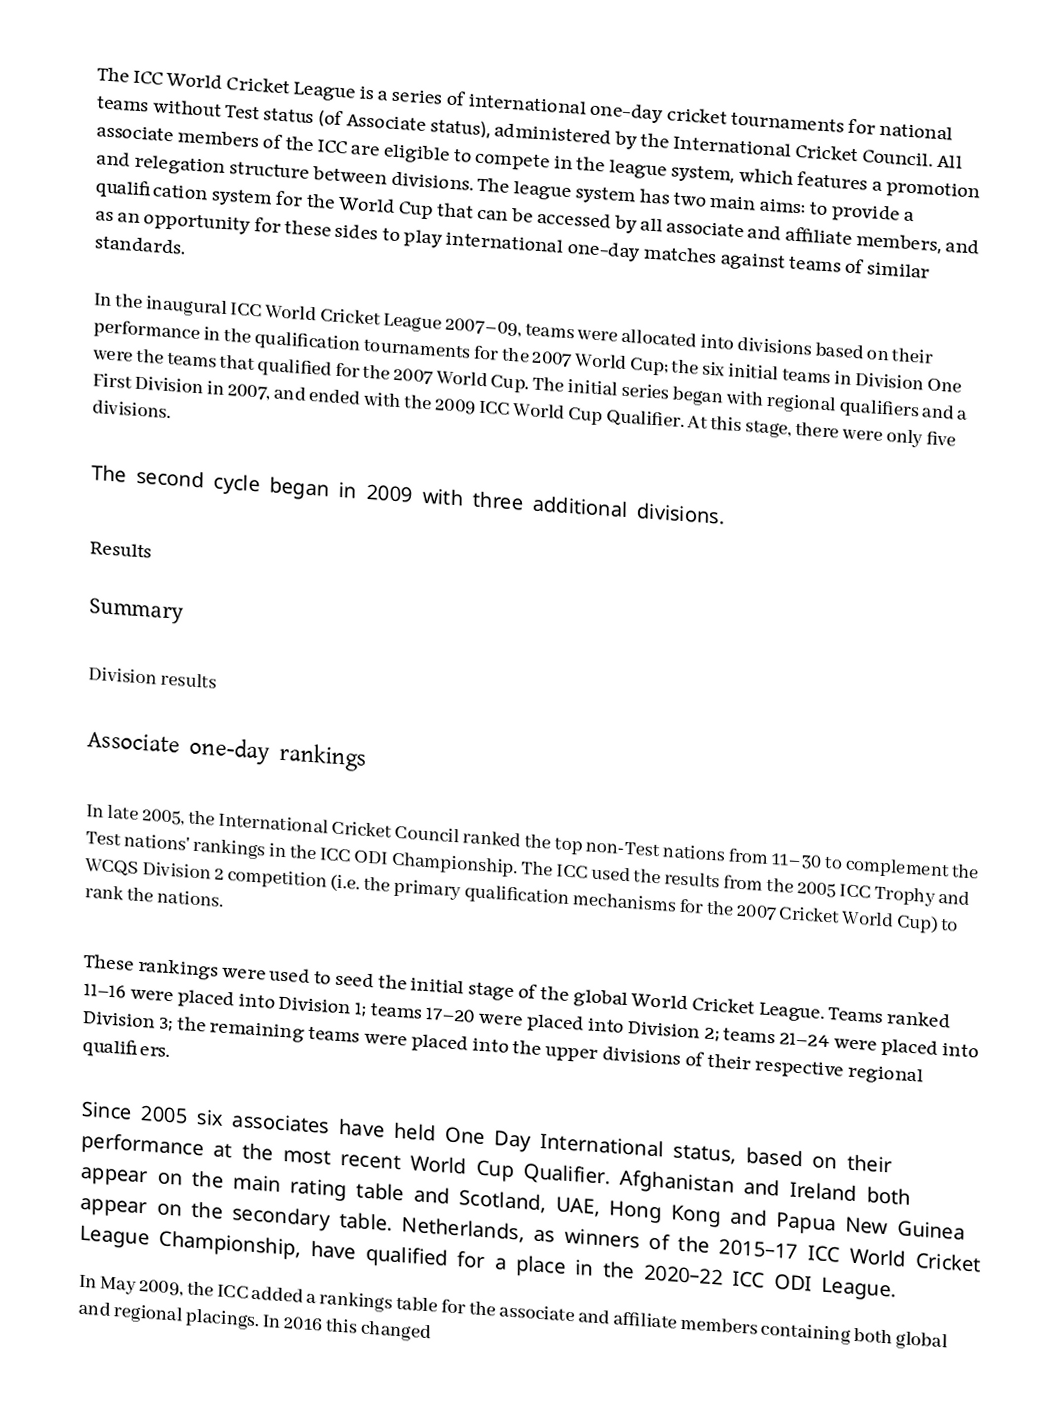
The ICC World Cricket League is a series of international one-day cricket tournaments for national teams without Test status (of Associate status), administered by the International Cricket Council. All associate members of the ICC are eligible to compete in the league system, which features a promotion and relegation structure between divisions. The league system has two main aims: to provide a qualification system for the World Cup that can be accessed by all associate and affiliate members, and as an opportunity for these sides to play international one-day matches against teams of similar standards.

In the inaugural ICC World Cricket League 2007–09, teams were allocated into divisions based on their performance in the qualification tournaments for the 2007 World Cup; the six initial teams in Division One were the teams that qualified for the 2007 World Cup. The initial series began with regional qualifiers and a First Division in 2007, and ended with the 2009 ICC World Cup Qualifier. At this stage, there were only five divisions.

The second cycle began in 2009 with three additional divisions.

Results

Summary

Division results

Associate one-day rankings

In late 2005, the International Cricket Council ranked the top non-Test nations from 11–30 to complement the Test nations' rankings in the ICC ODI Championship. The ICC used the results from the 2005 ICC Trophy and WCQS Division 2 competition (i.e. the primary qualification mechanisms for the 2007 Cricket World Cup) to rank the nations.

These rankings were used to seed the initial stage of the global World Cricket League. Teams ranked 11–16 were placed into Division 1; teams 17–20 were placed into Division 2; teams 21–24 were placed into Division 3; the remaining teams were placed into the upper divisions of their respective regional qualifiers.

Since 2005 six associates have held One Day International status, based on their performance at the most recent World Cup Qualifier. Afghanistan and Ireland both appear on the main rating table and  Scotland, UAE, Hong Kong and Papua New Guinea appear on the secondary table. Netherlands, as winners of the 2015–17 ICC World Cricket League Championship, have qualified for a place in the 2020–22 ICC ODI League.
In May 2009, the ICC added a rankings table for the associate and affiliate members containing both global and regional placings. In 2016 this changed